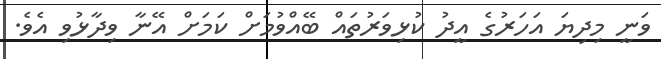
ވަނީ މިދިޔަ އަހަރުގެ އީދު ކުޅިވަރުތައް ބޭއްވުމަށް ކަމަށް އޭނާ ވިދާޅުވި އެވެ.